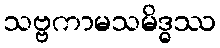
သဗ္ဗကာမသမိဒ္ဓဿ